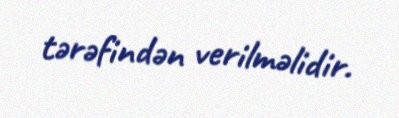
tərəfindən verilməlidir.